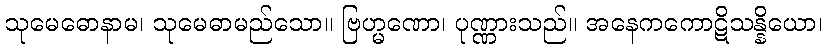
သုမေဓောနာမ၊ သုမေဓာမည်သော။ ဗြဟ္မဏော၊ ပုဏ္ဏားသည်။ အနေကကောဋိသန္နိယော၊